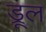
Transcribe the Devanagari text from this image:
ड्रूल